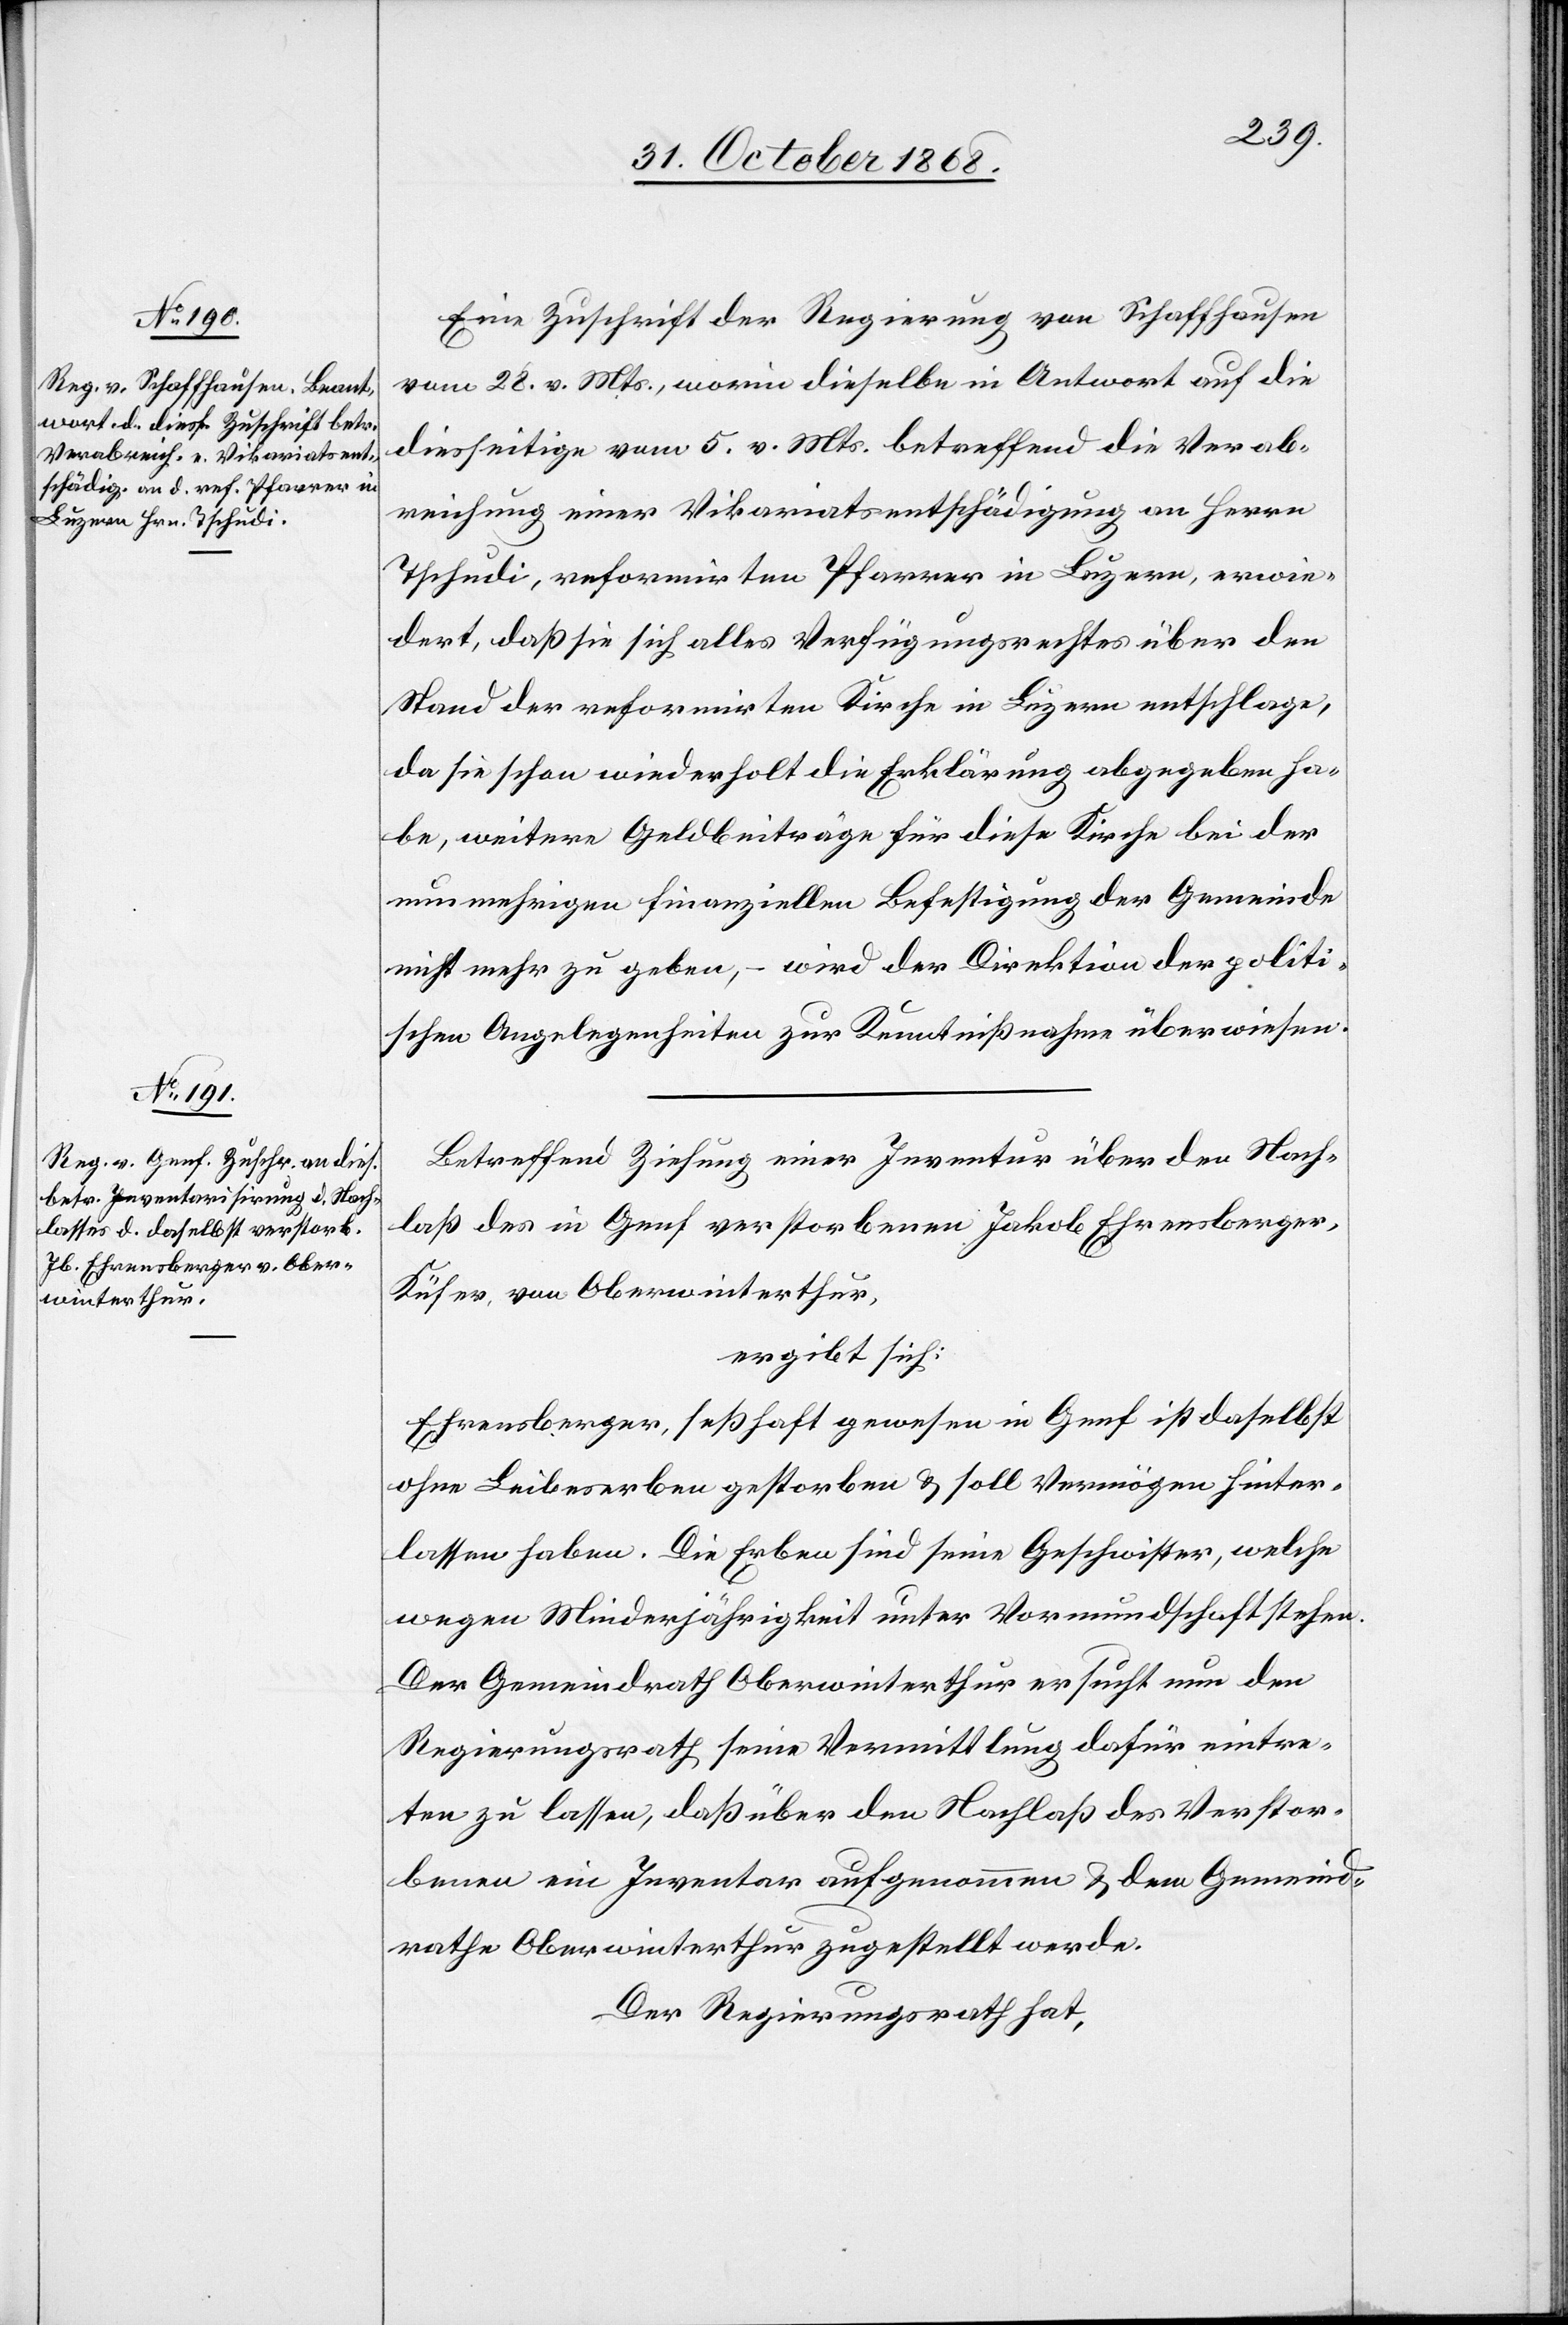
Eine Zuschrift der Regierung von Schaffhausen
vom 28. v. Mts., worin dieselbe in Antwort auf die
diesseitige vom 5. v. Mts. betreffend die Verab¬
reichung einer Vikariatsentschädigung an Herrn
Tschudi, reformirten Pfarrer in Luzern, erwie¬
dert, daß sie sich alles Verfügungsrechtes über den
Stand der reformirten Kirche in Luzern entschlage,
da sie schon wiederholt die Erklärung abgegeben ha¬
be, weitere Geldbeiträge für diese Kirche bei der
nunmehrigen finanziellen Befestigung der Gemeinde
nicht mehr zu geben, – wird der Direktion der politi¬
schen Angelegenheiten zur Kenntnißnahme überwiesen.
Betreffend Ziehung einer Inventur über den Nach¬
laß des in Genf verstorbenen Jakob Ehrensberger,
Küfer, von Oberwinterthur,
ergibt sich:
Ehrensberger, seßhaft gewesen in Genf ist daselbst
ohne Leibeserben gestorben & soll Vermögen hinter¬
lassen haben. Die Erben sind seine Geschwister, welche
wegen Minderjährigkeit unter Vormundschaft stehen.
Der Gemeindrath Oberwinterthur ersucht nun den
Regierungsrath seine Vermittlung dafür eintre¬
ten zu lassen, daß über den Nachlaß des Verstor¬
benen ein Inventar aufgenommen & dem Gemeind¬
rathe Oberwinterthur zugestellt werde.
Der Regierungsrath hat,